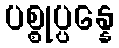
ပစ္စုပ္ပန္နေ